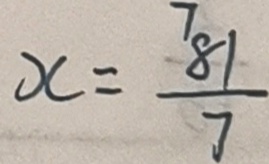
x = \frac { 8 1 } { 7 }